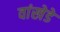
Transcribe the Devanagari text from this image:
वांखेडे